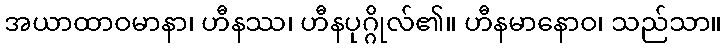
အယာထာဝမာနာ၊ ဟီနဿ၊ ဟီနပုဂ္ဂိုလ်၏။ ဟီနမာနောဝ၊ သည်သာ။